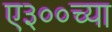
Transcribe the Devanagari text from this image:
ए३००च्या